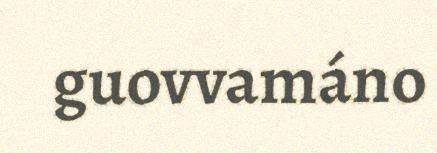
guovvamáno